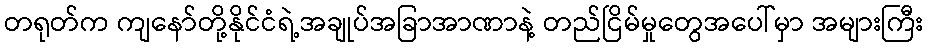
တရုတ်က ကျနော်တို့နိုင်ငံရဲ့အချုပ်အခြာအာဏာနဲ့ တည်ငြိမ်မှုတွေအပေါ်မှာ အများကြီး